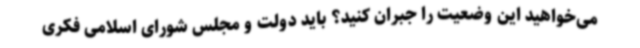
می‌خواهید این وضعیت را جبران کنید؟ باید دولت و مجلس شورای اسلامی فکری